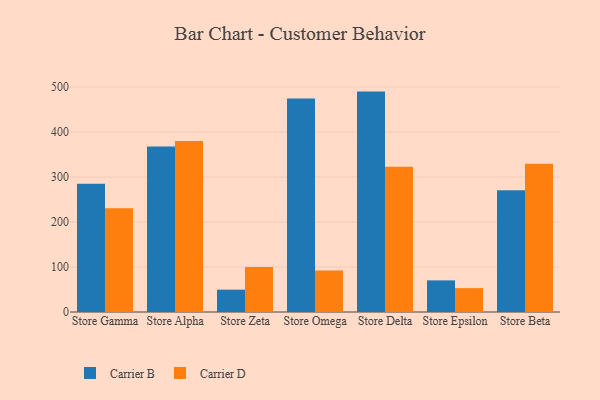
{"axis": {"x": "Store", "y": "Bounce Rate (%)"}, "legend": ["Carrier B", "Carrier D"], "data": [{"x": "Store Gamma", "y": 285.2, "type": "Carrier B"}, {"x": "Store Gamma", "y": 230.9, "type": "Carrier D"}, {"x": "Store Alpha", "y": 368.0, "type": "Carrier B"}, {"x": "Store Alpha", "y": 380.2, "type": "Carrier D"}, {"x": "Store Zeta", "y": 49.7, "type": "Carrier B"}, {"x": "Store Zeta", "y": 99.8, "type": "Carrier D"}, {"x": "Store Omega", "y": 474.8, "type": "Carrier B"}, {"x": "Store Omega", "y": 92.0, "type": "Carrier D"}, {"x": "Store Delta", "y": 490.0, "type": "Carrier B"}, {"x": "Store Delta", "y": 323.0, "type": "Carrier D"}, {"x": "Store Epsilon", "y": 70.3, "type": "Carrier B"}, {"x": "Store Epsilon", "y": 53.1, "type": "Carrier D"}, {"x": "Store Beta", "y": 270.5, "type": "Carrier B"}, {"x": "Store Beta", "y": 329.6, "type": "Carrier D"}]}